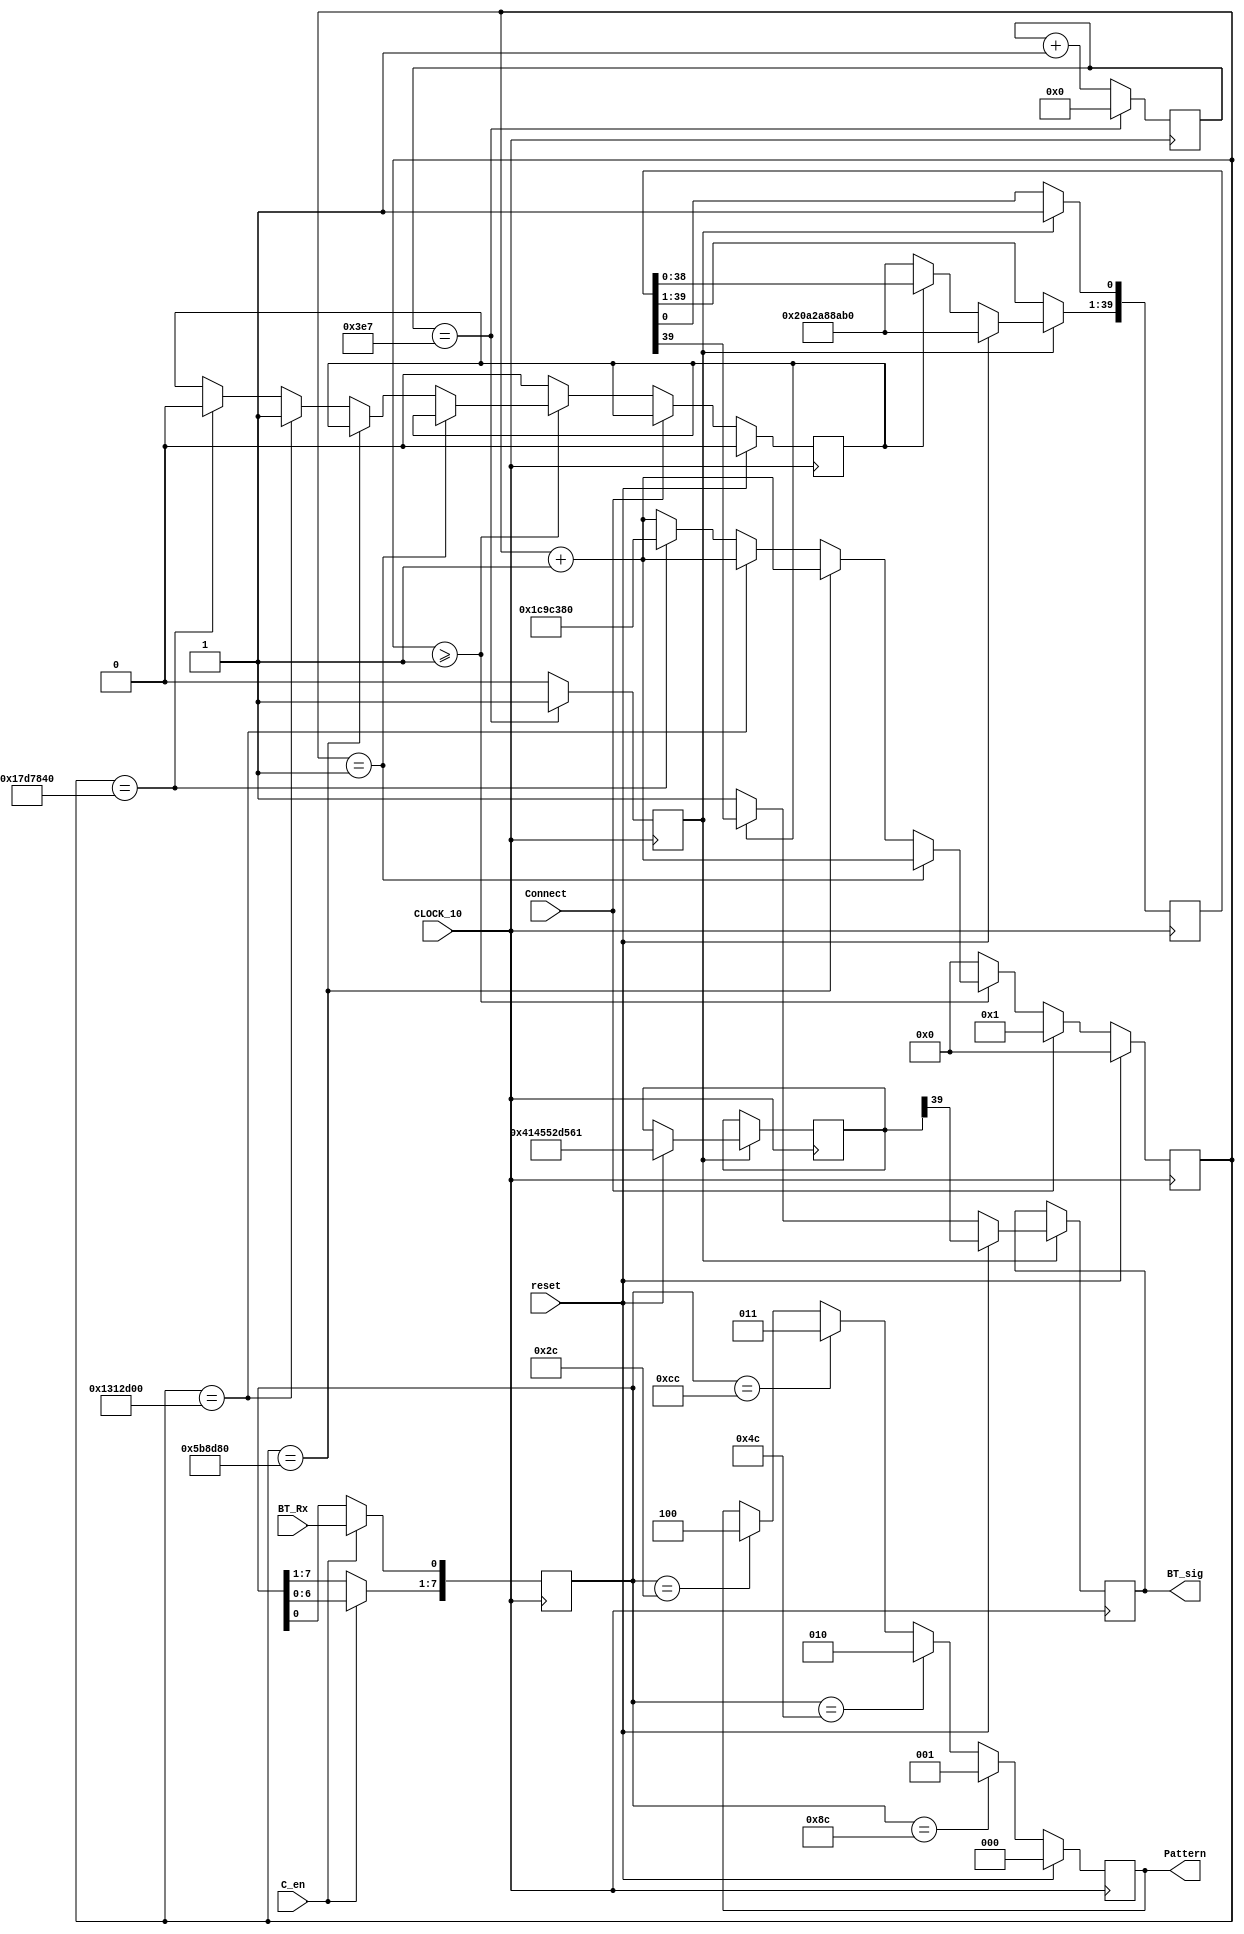

module BT_Con (input CLOCK_10, reset, 
					input BT_Rx, C_en,
					input Connect,					
					output reg BT_sig, 					
					output reg [2:0] Pattern);
					

reg En;
reg [9:0] En_cnt;

always @(posedge CLOCK_10)
begin
	if(En_cnt == 10'd999)
	begin
		En<=1'b1;
		En_cnt<=10'd0;
	end
	
	else
	begin
		En<=1'b0;
		En_cnt<=En_cnt+10'd1;
	end
end


reg [29:0] delay_cnt;
reg ATD_START;

always @(posedge CLOCK_10)
begin
	if(reset)
	begin
		ATD_START<=1'b0;
		delay_cnt<=30'd0;
	end
	
	else if(Connect)
	begin
		delay_cnt<=30'd1;
	end
	
	else
	begin
		if(delay_cnt>=30'd1)
		begin
			if(delay_cnt==30'd1)
			begin		
			delay_cnt<=delay_cnt+30'd1;
			end
			
			else if(delay_cnt==30'd600_0000)
			begin
			delay_cnt<=delay_cnt+30'd1;
			end			
		
			else if(delay_cnt==30'd2000_0000)
			begin
			ATD_START<=1'b1;
			delay_cnt<=delay_cnt+30'd1;
			end
			
			else if(delay_cnt==30'd2500_0000)
			begin
			ATD_START<=1'b0;
			delay_cnt<=30'd3000_0000;
			end		
			
			else
			delay_cnt<=delay_cnt+30'd1;
		end
		
		else
		begin
		ATD_START<=1'b0;
		delay_cnt<=30'd0;
		end		
	end
end
	



//reg [29:0] AT = {30'b0_1000_0010_10_0010_1010_10_1011_0000_1};
reg [39:0] plus = {40'b0_1101_0100_10_1101_0100_10_1101_0100_10_1011_0000_1};
reg [39:0] ATZ = {40'b0_1000_0010_10_0010_1010_10_01011010_10_1011_0000_1};
//reg [99:0] BTSCAN = {100'b0_1000_0010_10_0010_1010_10_1101_0100_10_0100_0010_10_0010_1010_10_1100_1010_10_1100_0010_10_1000_0010_10_0111_0010_10_1011_0000_1};
reg [39:0] ATD = {40'b0_10000010_10_00101010_10_00100010_10_10110000_1};   //_10011100_10_00001100_10_00001100_10_00001100_10_00100010_10_01000010_10_01000010_10_11000010_10_10001100_10_11000010_10_11101100_10_01001100_10_10110000_1}; //9000DBBC1C72

always @(posedge CLOCK_10)
begin
	if(En)
	begin
		if(reset)
		begin
			BT_sig<=ATZ[39];
			ATZ[39:1]<=ATZ[38:0];
			ATZ[0]<=1'b1;
			//BTSCAN <={100'b0_1000_0010_10_0010_1010_10_1101_0100_10_0100_0010_10_0010_1010_10_1100_1010_10_1100_0010_10_1000_0010_10_0111_0010_10_1011_0000_1};
			//AT <= {30'b0_1000_0110_10_0010_1110_10_1011_0000};
			ATD <= {40'b0_10000010_10_00101010_10_00100010_10_10110000_1}; 
			plus <= {40'b0_1101_0100_10_1101_0100_10_1101_0100_10_1011_0000_1};
			ATZ <= {40'b0_1000_0010_10_0010_1010_10_01011010_10_1011_0000_1};
		end
		
		else
		begin
			if(ATD_START==1'b1)
			begin
				BT_sig<=ATD[39];
				ATD[39:1]<=ATD[38:0];
				ATD[0]<=1'b1;
			end
			/*
			else if(Force == 1'b1)
			begin
				BT_sig<=plus[39];
				plus[39:1]<=plus[38:0];
				plus[0]<=ATZ[39];
				ATZ[39:1]<=ATZ[38:0];
				ATZ[0]<=1'b1;				
			end
			
			else if(Open==1'b0)
			begin
				//BTSCAN <={100'b0_1000_0010_10_0010_1010_10_1101_0100_10_0100_0010_10_0010_1010_10_1100_1010_10_1100_0010_10_1000_0010_10_0111_0010_10_1011_0000_1};
				//AT <= {30'b0_1000_0110_10_0010_1110_10_1011_0000};
				ATD <= {40'b0_10000010_10_00101010_10_00100010_10_10110000_1}; 
				plus <= {40'b0_1101_0100_10_1101_0100_10_1101_0100_10_1011_0000_1};
				ATZ <= {40'b0_1000_0010_10_0010_1010_10_01011010_10_1011_0000_1};
			end
			*/
			else
			begin	
				BT_sig<=1'b1;
				ATD <= {40'b0_10000010_10_00101010_10_00100010_10_10110000_1}; 

			end
		end
	end
end

reg [7:0] BT_RX_data;
always @(posedge CLOCK_10)
begin
	if(C_en)
	begin
		BT_RX_data[7:1]<=BT_RX_data[6:0];
		BT_RX_data[0]<=BT_Rx;
	end
end

always @(posedge CLOCK_10)
begin	
	if(reset)
		Pattern<=3'd0;
	
	else
	begin
		if(BT_RX_data == 8'b1000_1100)//1
		begin
			Pattern<=3'd1;
		end
		else if(BT_RX_data == 8'b0100_1100)//2
		begin
			Pattern<=3'd2;
		end
		
		else if(BT_RX_data == 8'b1100_1100)//3
		begin
			Pattern<=3'd3;
		end
		
		else if(BT_RX_data == 8'b0010_1100)//4
		begin
			Pattern<=3'd4;
		end
	end
end

endmodule